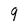
Character: 9